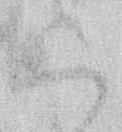
く